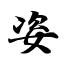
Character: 姿